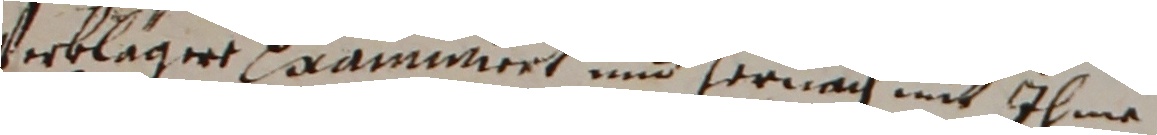
verkläget examiniert und hernach mit ihme